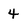
Character: 4